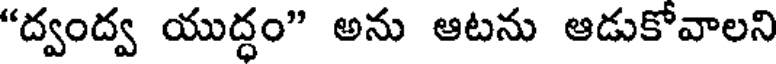
"ద్వంద్వ యుద్ధం" అను ఆటను ఆడుకోవాలని